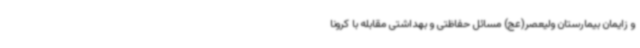
و زایمان بیمارستان ولیعصر(عج) مسائل حفاظتی و بهداشتی مقابله با کرونا